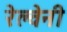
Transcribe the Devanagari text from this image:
रेल्वेनी